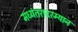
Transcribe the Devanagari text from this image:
मध्यंतरादरम्यान